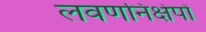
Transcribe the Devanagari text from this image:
लवणनिक्षेपों